Annual administration report of the Civil Veterinary Department of India - 1894-1895
Year: 1894
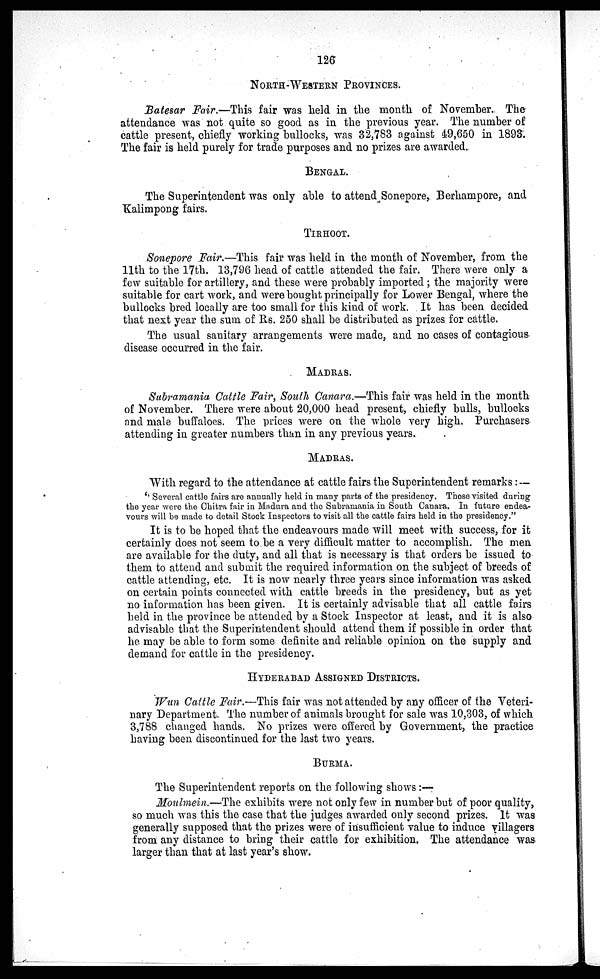
126
NORTH-WESTERN PROVINCES.
Batesar Fair.—This fair was held in the month of November. The
attendance -was not quite so good as in the previous year. The number of
cattle present, chiefly working bullocks, was 32,783 against 49,650 in 1893.
The fair is held purely for trade purposes and no prizes are awarded.
BENGAL.
The Superintendent was only able to attend Sonepore, Berhampore, and
Kalimpong fairs.
TIRHOOT.
Sonepore Fair.—This fair was held in the month of November, from the
11th to the 17th. 13,796 head of cattle attended the fair. There were only a
few suitable for artillery, and these were probably imported ; the majority were
suitable for cart work, and were bought principally for Lower Bengal, where the
bullocks bred locally are too small for this kind of work. It has been decided
that next year the sum of Rs. 250 shall be distributed as prizes for cattle.
The usual sanitary arrangements were made, and no cases of contagious
disease occurred in the fair.
MADRAS.
Subramania Cattle Fair, South Canara.—This fair was held in the month
of November. There were about 20,000 head present, chiefly bulls, bullocks
and male buffaloes. The prices were on the whole very high. Purchasers
attending in greater numbers than in any previous years.
MADRAS.
With regard to the attendance at cattle fairs the Superintendent remarks : —
" Several cattle fairs are annually held in many parts of the presidency. Those visited during
the year were the Chitra fair in Madura and the Subramania in South Canara. In future endea-
vours will be made to detail Stock Inspectors to visit all the cattle fairs held in the presidency."
It is to be hoped that the endeavours made will meet with success, for it
certainly does not seem to be a very difficult matter to accomplish. The men
are available for the duty, and all that is necessary is that orders be issued to
them to attend and submit the required information on the subject of breeds of
cattle attending, etc. It is now nearly three years since information was asked
on certain points connected with cattle breeds in the presidency, but as yet
no information has been given. It is certainly advisable that all cattle fairs
held in the province be attended by a Stock Inspector at least, and it is also
advisable that the Superintendent should attend them if possible in order that
he may be able to form some definite and reliable opinion on the supply and
demand for cattle in the presidency.
HYDERABAD ASSIGNED DISTRICTS.
Wun Cattle Fair.—This fair was not attended by any officer of the Veteri-
nary Department. The number of animals brought for sale was 10,303, of which
3,788 changed hands. No prizes were offered by Government, the practice
having been discontinued for the last two years.
BURMA.
The Superintendent reports on the following shows :—
Moulmein.—The exhibits were not only few in number but of poor quality,
so much was this the case that the judges awarded only second prizes. It was
generally supposed that the prizes were of insufficient value to induce villagers
from any distance to bring their cattle for exhibition. The attendance was
larger than that at last year's show.